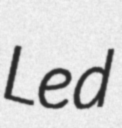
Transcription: Led